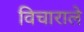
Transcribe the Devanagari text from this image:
विचाराले